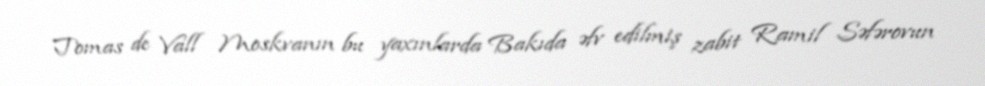
Tomas de Vall Moskvanın bu yaxınlarda Bakıda əfv edilmiş zabit Ramil Səfərovun